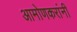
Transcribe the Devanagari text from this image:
आमोणकरांनी